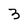
Character: 3